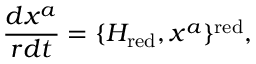
\frac { d x ^ { a } } { r d t } = \{ H _ { \mathrm { r e d } } , x ^ { a } \} ^ { \mathrm { r e d } } ,